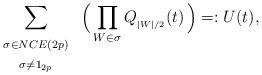
LaTeX: \begin{align*}\sum_{\begin{array}{c}{ \scriptstyle \sigma \in NCE(2p) } \\{ \scriptstyle \sigma \neq 1_{2p} } \end{array} } \ \Bigl( \, \prod_{W \in \sigma} Q_{ { }_{|W|/2} } ( t ) \, \Bigr) =: U(t),\end{align*}